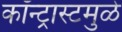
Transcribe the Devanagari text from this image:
कॉन्ट्रास्टमुळे